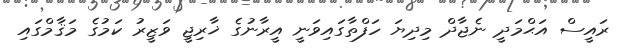
ރައީސް އަޙްމަދީ ނެޖާދް މިދިޔަ ހަފްތާގައިވަނީ އީރާނުގެ ޚާރިޖީ ވަޒީރު ކަމުގެ މަޤާމްގައި